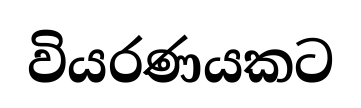
වියරණයකට